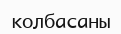
колбасаны